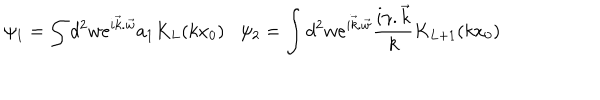
\psi _ { 1 } = \int d ^ { 2 } w e ^ { i { \vec { k } . \vec { w } } } a _ { 1 } K _ { L } ( k x _ { 0 } ) \psi _ { 2 } = \int d ^ { 2 } w e ^ { i \vec { k } . \vec { w } } \frac { i { \gamma . \vec { k } } } { k } K _ { L + 1 } ( k x _ { 0 } )